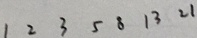
1 2 3 5 8 1 3 2 1